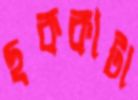
ছককাটা